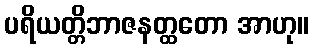
ပရိယတ္တိဘာဇနတ္ထတော အာဟု။